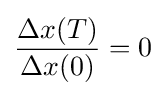
{\frac {\Delta x(T)}{\Delta x(0)}}=0